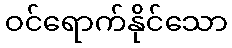
ဝင်ရောက်နိုင်သော